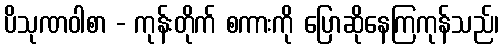
ပိသုဏဝါစာ - ကုန်းတိုက် စကားကို ပြောဆိုနေကြကုန်သည်၊